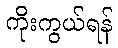
ကိုးကွယ်ရန်